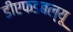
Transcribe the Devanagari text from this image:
डीएफडबल्‍यू